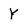
Character: Y